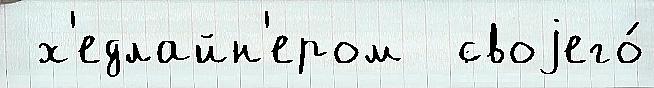
 х'едлайн'ером  своjего́